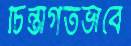
চিন্তাগতভাবে